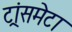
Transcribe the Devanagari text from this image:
ट्रांसमेटा